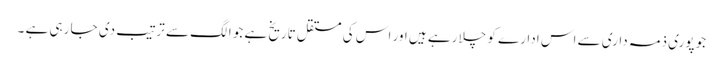
جو پوری ذمہ داری سے اس ادارے کو چلا رہے ہیں اور اس کی مستقل تاریخ ہے جو الگ سے ترتیب دی جا رہی ہے ۔